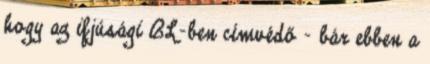
hogy az ifjúsági BL-ben címvédő – bár ebben a